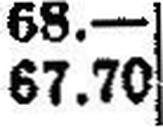
67.70